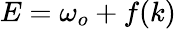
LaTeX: E=\omega_{o}+f(k)